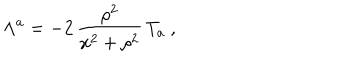
\Lambda ^ { a } = - 2 \, \frac { \rho ^ { 2 } } { x ^ { 2 } + \rho ^ { 2 } } \, T _ { a } \ ,